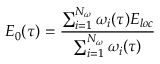
E _ { 0 } ( \tau ) = \frac { \sum _ { i = 1 } ^ { N _ { \omega } } \omega _ { i } ( \tau ) E _ { l o c } } { \sum _ { i = 1 } ^ { N _ { \omega } } \omega _ { i } ( \tau ) }